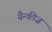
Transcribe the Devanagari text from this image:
यैन्कीज़